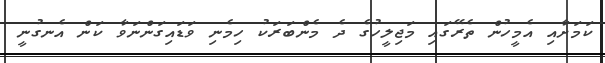
ކަމަށާއި އެމީހުން ތެރޭގައި މަޖިލީހުގެ ދެ މެންބަރަކު ހިމެނި ވަޑައިގަންނަވާ ކަން އެނގުނީ